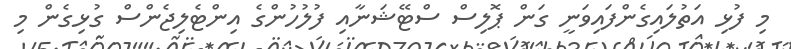
މި ފުޅި އަތުލައިގެންފައިވަނީ ގަން ޕޮލިސް ސްޓޭޝަނާއި ފުލުހުންގެ އިންޓެލިޖެންސް ގުޅިގެން މި